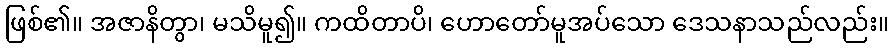
ဖြစ်၏။ အဇာနိတွာ၊ မသိမူ၍။ ကထိတာပိ၊ ဟောတော်မူအပ်သော ဒေသနာသည်လည်း။